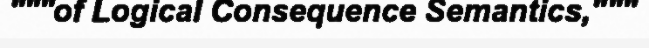
"""of Logical Consequence Semantics,"""